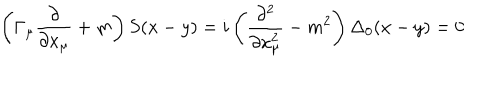
LaTeX: \left( \Gamma _ { \mu } \frac \partial { \partial x _ { \mu } } + m \right) S ( x - y ) = i \left( \frac { \partial ^ { 2 } } { \partial x _ { \mu } ^ { 2 } } - m ^ { 2 } \right) \Delta _ { 0 } ( x - y ) = 0